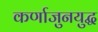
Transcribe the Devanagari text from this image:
कर्णाजुनयुद्ध